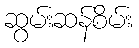
ဆွမ်းဆန်စိမ်း